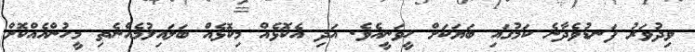
ވިދުވަރު ފަނޑުވެދާނެ ކަމުގައި ބަޔަކަށް ހީވަނީއެވެ. އަދި އެކޮޅެއް މިކޮޅެއް ބަލައިލުމެއްނެތި މީހުންއެއްކޮށް